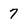
Character: 7